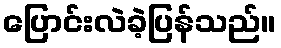
ပြောင်းလဲခဲ့ပြန်သည်။